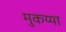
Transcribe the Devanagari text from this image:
मुकय्या